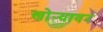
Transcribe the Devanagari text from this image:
खोर्‍यावर